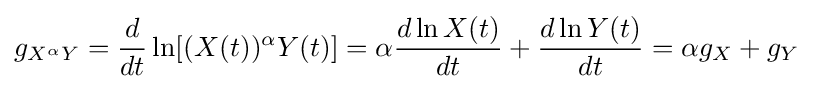
g_{X^{\alpha }Y}={\frac {d}{dt}}\ln[(X(t))^{\alpha }Y(t)]=\alpha {\frac {d\ln X(t)}{dt}}+{\frac {d\ln Y(t)}{dt}}=\alpha g_{X}+g_{Y}